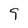
Character: 9